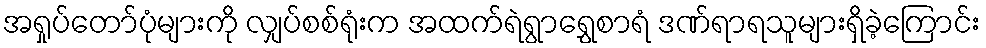
အရှုပ်တော်ပုံများကို လျှပ်စစ်ရုံးက အထက်ရဲရွာရွှေစာရံ ဒဏ်ရာရသူများရှိခဲ့ကြောင်း